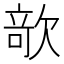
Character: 𣣱